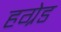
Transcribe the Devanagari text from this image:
हग्रेड